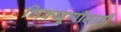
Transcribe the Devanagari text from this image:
भिक्खूणींनाही